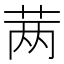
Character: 𬜯